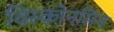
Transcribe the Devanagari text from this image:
विस्कोनसिन